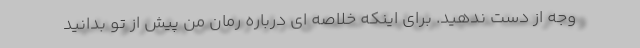
وجه از دست ندهید. برای اینکه خلاصه ای درباره رمان من پیش از تو بدانید